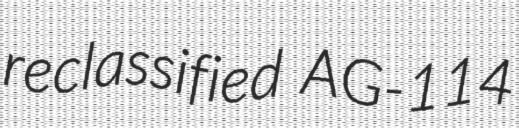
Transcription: reclassified AG-114